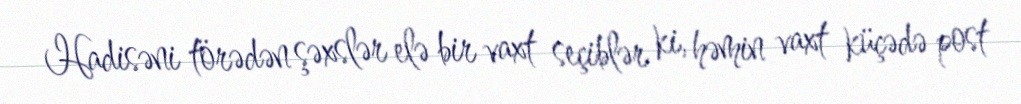
Hadisəni törədən şəxslər elə bir vaxt seçiblər ki, həmin vaxt küçədə post